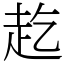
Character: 䞘